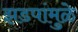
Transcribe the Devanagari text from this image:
झडपांमुळे